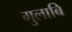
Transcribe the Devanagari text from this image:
गुलाबि